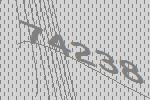
74238